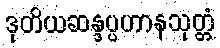
ဒုတိယဆန္ဒပ္ပဟာနသုတ္တံ